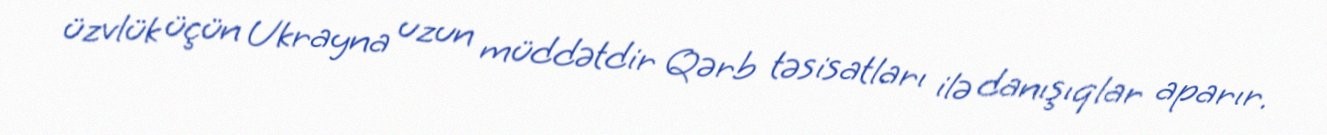
üzvlük üçün Ukrayna uzun müddətdir Qərb təsisatları ilə danışıqlar aparır.